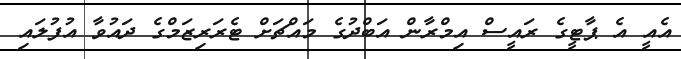
އެއީ އެ ޕާޓީގެ ރައީސް އިމްރާން އަބްދުގެ މައްޗަށް ޓެރަރިޒަމްގެ ދައުވާ އުފުލައި